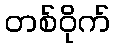
တစ်ဝိုက်